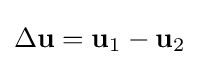
\Delta \mathbf {u} =\mathbf {u} _{1}-\mathbf {u} _{2}